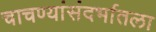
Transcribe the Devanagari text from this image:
चाचण्यांसंदर्भातला